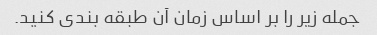
جمله زیر را بر اساس زمان آن طبقه بندی کنید.